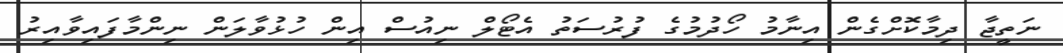
ނަތީޖާ ދިމާކޮށްގެން އިނާމު ހޯދުމުގެ ފުރުުސަތު އެޓޯލް ނިއުސް އިން ހުޅުވާލަން ނިންމާފައިވާއިރު